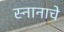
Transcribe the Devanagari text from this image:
स्नानाचे